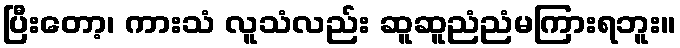
ပြီးတော့၊ ကားသံ လူသံလည်း ဆူဆူညံညံမကြားရဘူး။